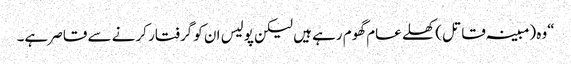
“وہ (مبینہ قاتل) کھلے عام گھوم رہے ہیں لیکن پولیس ان کو گرفتار کرنے سے قاصر ہے۔